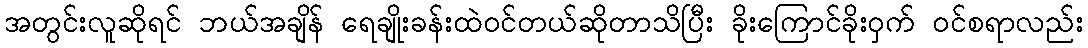
အတွင်းလူဆိုရင် ဘယ်အချိန် ရေချိုးခန်းထဲဝင်တယ်ဆိုတာသိပြီး ခိုးကြောင်ခိုးဝှက် ဝင်စရာလည်း